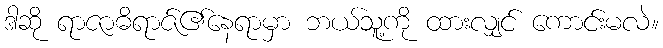
ဒါဆို ရာဇာဓိရာဇ်၏နေရာမှာ ဘယ်သူ့ကို ထားလျှင် ကောင်းမလဲ။